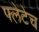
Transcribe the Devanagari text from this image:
फ्लेटेच